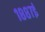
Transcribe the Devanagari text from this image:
१८८७ई